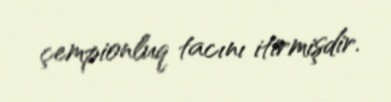
çempionluq tacını itirmişdir.